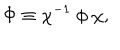
LaTeX: \Phi \equiv \chi ^ { - 1 } ~ \phi ~ \chi , \;